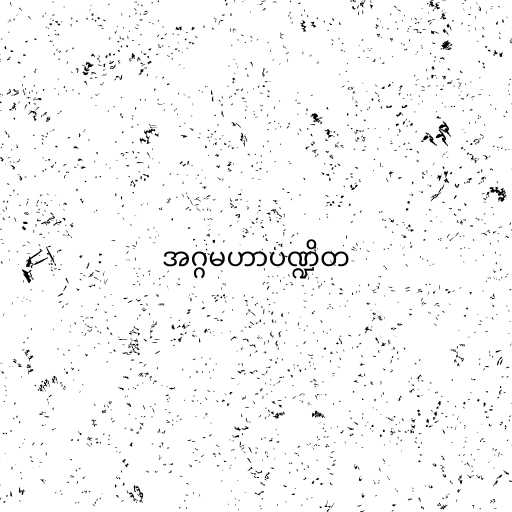
အဂ္ဂမဟာပဏ္ဍိတ